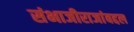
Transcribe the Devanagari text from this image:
संभाजीराजांबद्दल